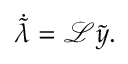
\dot { \tilde { \lambda } } = \mathcal { L } \tilde { y } .